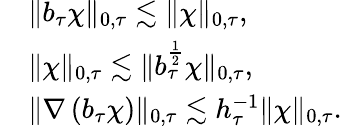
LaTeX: \begin{array}{rl}&{\| b_{\tau}\chi\| _{0,\tau}\lesssim\| \chi\| _{0,\tau},}\\ &{\| \chi\| _{0,\tau}\lesssim\| b_{\tau}^{\frac{1}{2}}\chi\| _{0,\tau},}\\ &{\| \nabla\left(b_{\tau}\chi\right)\| _{0,\tau}\lesssim h_{\tau}^{-1}\| \chi\| _{0,\tau}.}\end{array}